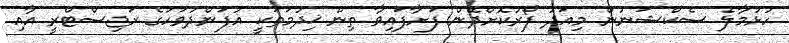
ހުޅުމާލެ ސެކްޝަނުން މިއަދު ފޯރުކޮށްދޭން ފަށާފައިވާ ތިން ޚިދުމަތަކީ އުފަންދުވަހުގެ ރަޖިސްޓްރީ އާއި